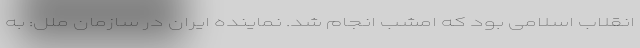
انقلاب اسلامی بود که امشب انجام شد. نماینده ایران در سازمان ملل: به